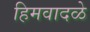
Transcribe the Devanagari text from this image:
हिमवादळे